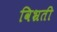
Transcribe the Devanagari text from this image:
विभ्रती